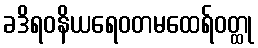
ခဒိရဝနိယရေဝတမထေရ်ဝတ္ထု